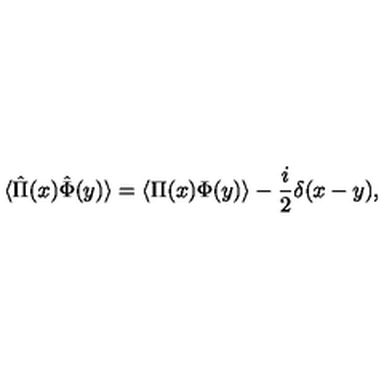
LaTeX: \langle \hat { \Pi } ( x ) \hat { \Phi } ( y ) \rangle = \langle \Pi ( x ) \Phi ( y ) \rangle - { \frac { i } { 2 } } \delta ( x - y ) ,